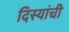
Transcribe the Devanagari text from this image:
दिस्यांची